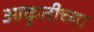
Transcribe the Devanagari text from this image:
आकृतीच्या